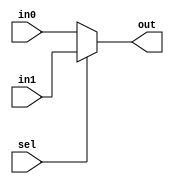
module Mux21(out, in0,in1, sel);
input [4:0] in0 , in1;
input sel;
output reg [4:0] out;

/*wire outI0, outI1, nsel;
not n0(nsel, sel);
and a1(outI0, in[0], nsel);
and a2(outI1, in[1], sel);
or o1(out, outI0, outI1);*/
always @(*)
begin
if(sel)
begin
out <= #2 in1;
end
else
begin
out <= #2 in0;
end
end
endmodule